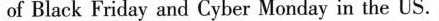
of Black Friday and Cyber Monday in the US.